Vaccination Hyderabad 1890-1903 - 1890-1903
Year: 1890
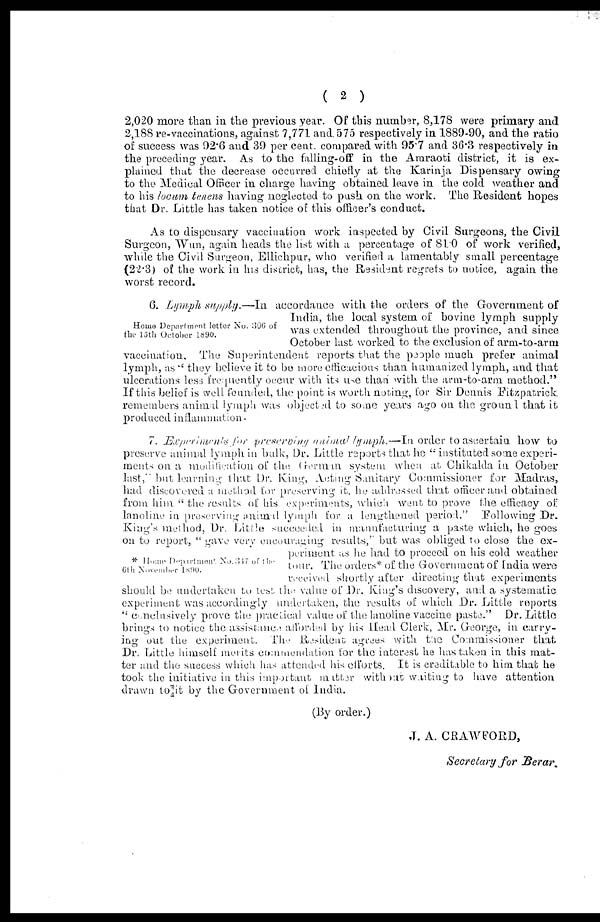
( 2 )
2,020 more than in the previous year. Of this number, 8,178 were primary and
2,188 re-vaccinations, against 7,771 and. 575 respectively in 1889-90, and the ratio
of success was 92.6 and 39 per cent. compared with 95.7 and 36.3 respectively in
the preceding year. As to the falling-off in the Amraoti district, it is ex-
plained that the decrease occurred chiefly at the Karinja Dispensary owing
to the Medical Officer in charge having obtained leave in the cold weather and
to his locum tenens having neglected to push on the work. The Resident hopes
that Dr. Little has taken notice of this officer's conduct.
As to dispensary vaccination work inspected by Civil Surgeons, the Civil
Surgeon, Wun, again heads the list with a percentage of 81.0 of work verified,
while the Civil Surgeon, Ellichpur, who verified a lamentably small percentage
(22.3) of the work in his district, has, the Resident regrets to notice, again the
worst record.
Home Department letter No. 306 of
the 15th October 1890.
6. Lymph supply.—In
accordance with the orders of the Government of
India, the local system of bovine lymph supply
was extended throughout the province, and since
October last worked to the exclusion of arm-to-arm
vaccination. The Superintendent reports that the people much prefer animal
lymph, as " they believe it to be more efficacious than humanized lymph, and that
ulcerations less frequently occur with its use than with the arm-to-arm method."
If this belief is well founded, the point is worth noting, for Sir Dennis Fitzpatrick
remembers animal lymph was objected to some years ago on the ground that it
produced inflammation .
* Home Department
No. 347 of the
6 th November 1890.
7. Experiments for preserving animal lymph.—In order to ascertain how to
preserve animal lymph in bulk, Dr. Little reports that he "instituted some experi-
ments on a modification of the German system when at Chikalda in October
last," but learning that Dr. King, Acting Sanitary Commissioner for Madras,
had discovered a method for preserving it, he addressed that officer and obtained
from him " the results of his experiments, which went to prove the efficacy of
lanoline in preserving animal lymph for a lengthened period." Following Dr.
King's method, Dr. Little succeeded in manufacturing a paste which, he goes
on to report, " gave very encouraging results," but was obliged to close the ex-
periment as he had to proceed on his cold weather
tour. The orders* of the Government of India were
received shortly after directing that experiments
should be undertaken to test the value of Dr. King's discovery, and a systematic
experiment was accordingly undertaken, the results of which Dr. Little reports
" conclusively prove the practical value of the lanoline vaccine paste." Dr. Little
brings to notice the assistance afforded by his Head Clerk, Mr. George, in carry-
ing out the experiment. The Resident agrees with the Commissioner that
Dr. Little himself merits commendation for the interest he has taken in this mat-
ter and the success which has attended his efforts. It is creditable to him that he
took the initiative in this important matter without waiting to have attention
drawn to it by the Government of India.
(By order.)
J. A. CRAWFORD,
Secretary for
Berar.